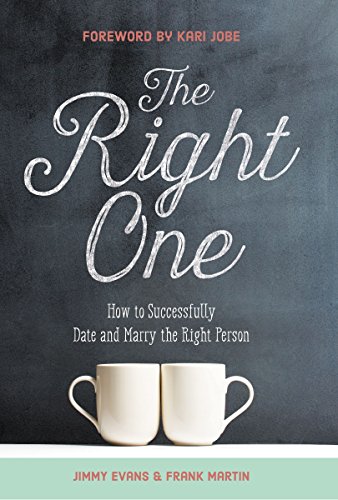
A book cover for The Right One: How to Successfully Date and Marry the Right Person; Jimmy Evans; Parenting & Relationships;